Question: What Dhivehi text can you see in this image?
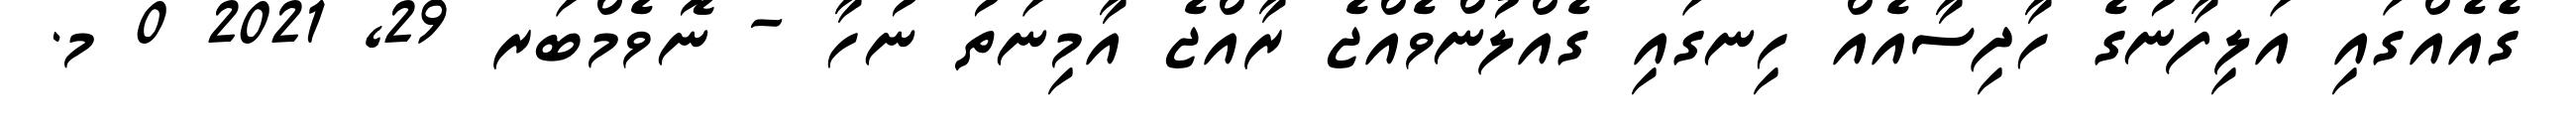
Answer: ގެއެއްގައި އަލިފާނުގެ ހާދިސާއެއް ހިނގައި ގެއްލުންވެއްޖެ ރާއްޖެ އާމިނަތު ނުހާ - ނޮވެމްބަރ 29, 2021 0 މ.